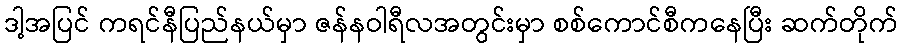
ဒါ့အပြင် ကရင်နီပြည်နယ်မှာ ဇန်နဝါရီလအတွင်းမှာ စစ်ကောင်စီကနေပြီး ဆက်တိုက်